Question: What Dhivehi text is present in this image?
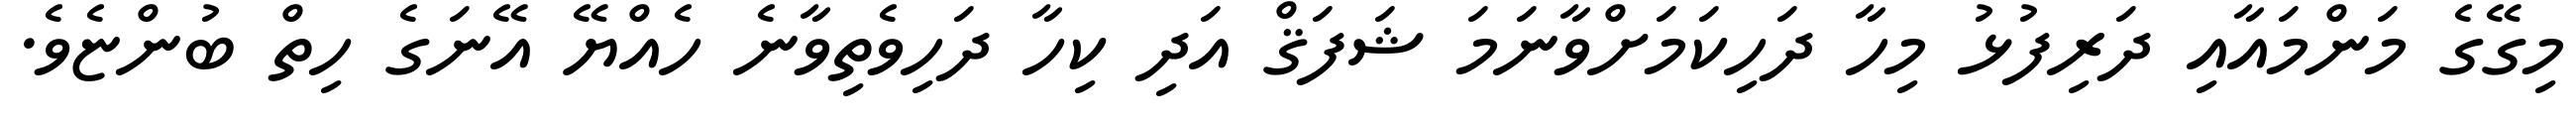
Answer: މިގޭގެ މަންމައާއި ދަރިފުޅު މިހާ ދަހިކަމަށްވާނަމަ ޝަފަޤް އަދި ކިހާ ދަހިވެތިވާނެ ހެއްޔޭ އޭނަގެ ހިތް ބުންޏެވެ.